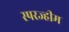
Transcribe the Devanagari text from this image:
स्परज्हीम